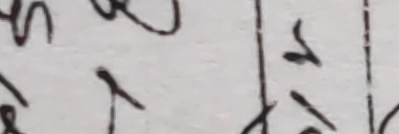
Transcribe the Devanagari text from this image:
जिर